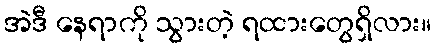
အဲဒီ နေရာကို သွားတဲ့ ရထားတွေရှိလား။